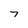
Character: 7